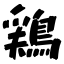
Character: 鶏